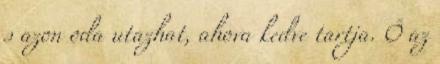
s azon oda utazhat, ahova kedve tartja. Ő az